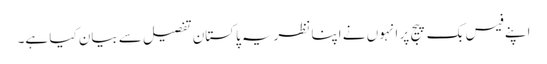
اپنے فیس بک پیج پر انہوں نے اپنا نظریہ پاکستان تفصیل سے بیان کیا ہے۔